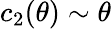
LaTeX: c_{2}(\theta)\sim\theta